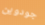
جودوين